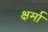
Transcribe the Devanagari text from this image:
क्षर्मा